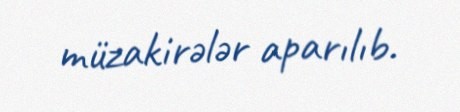
müzakirələr aparılıb.